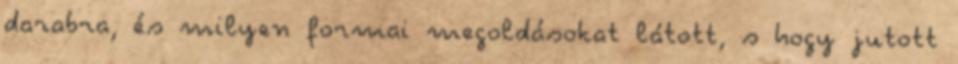
darabra, és milyen formai megoldásokat látott, s hogy jutott